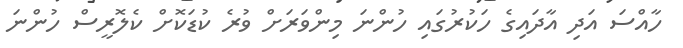
ހާއްސަ އަދި އާދައިގެ ހަކުރުގައި ހުންނަ މިންވަރަށް ވުރެ ކުޑަކޮށް ކެލޮރީސް ހުންނަ